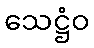
သေဋ္ဌံဝ